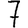
Digit: 7